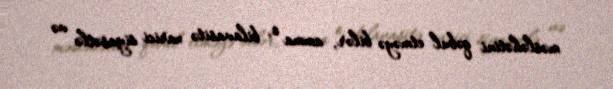
məsləhətini qəbul etməyə bilər, amma o, bilavasitə xarici siyasətlə və